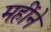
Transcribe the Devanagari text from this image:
महींने